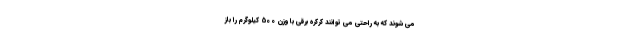
می شوند که به راحتی می توانند کرکره برقی با وزن 500 کیلوگرم را باز